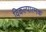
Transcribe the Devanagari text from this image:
विकल्पात्मक